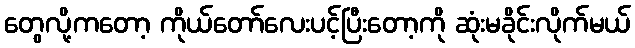
တွေလို့ကတော့ ကိုယ်တော်လေးပင့်ပြီးတော့ကို ဆုံးမခိုင်းလိုက်မယ်